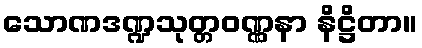
သောဏဒဏ္ဍသုတ္တဝဏ္ဏနာ နိဋ္ဌိတာ။